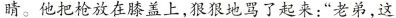
睛。他把枪放在膝盖上，狠狠地骂了起来：”老弟，这